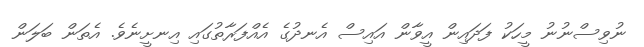
ނުވިސްނުނު މީހަކު ފަދައިން އީވާން އައިސް އެނދުގެ އެއްފަރާތުގައި އިނށީނެވެ. އެތަން ބަލަން